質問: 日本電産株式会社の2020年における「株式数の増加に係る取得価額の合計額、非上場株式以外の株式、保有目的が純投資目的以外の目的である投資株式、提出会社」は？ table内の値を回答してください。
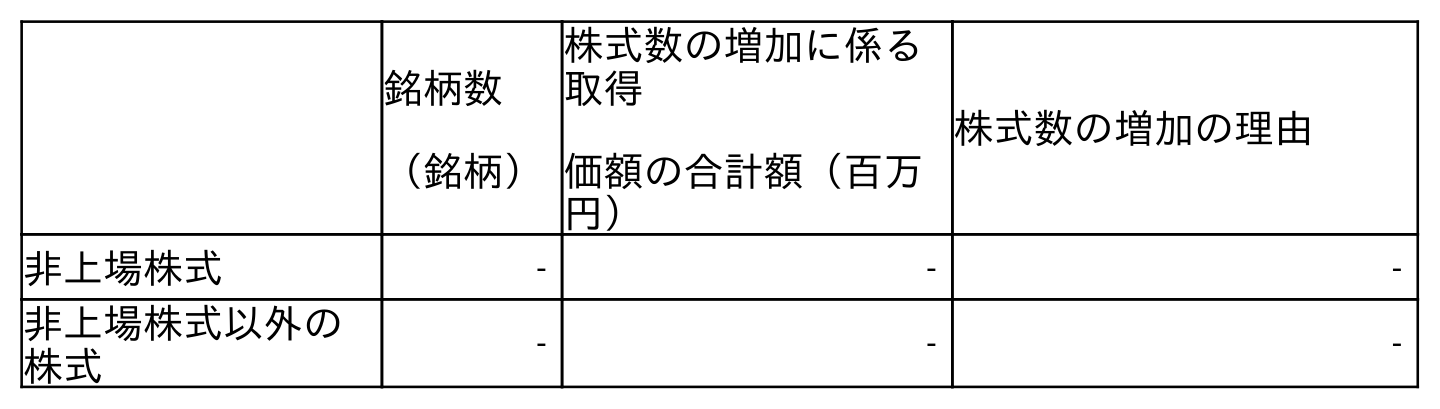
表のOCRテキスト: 銘柄数 （銘柄） 株式数の増加に係る 取得 価額の合計額（百万 円） 株式数の増加の理由 非上場株式 ‐ ‐ ‐ 非上場株式以外の 株式 ‐ ‐ ‐
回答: ‐